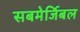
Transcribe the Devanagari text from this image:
सबमेर्जिबल